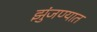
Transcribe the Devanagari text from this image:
झुंजण्यात